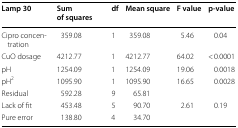
<table><thead><tr><td><b>Lamp 30</b></td><td><b>Sum of squares</b></td><td><b>df</b></td><td><b>Mean square</b></td><td><b>F value</b></td><td><b>p-value</b></td></tr></thead><tbody><tr><td>Cipro concentration</td><td>359.08</td><td>1</td><td>359.08</td><td>5.46</td><td>0.04</td></tr><tr><td>CuO dosage</td><td>4212.77</td><td>1</td><td>4212.77</td><td>64.02</td><td>&lt; 0.0001</td></tr><tr><td>pH</td><td>1254.09</td><td>1</td><td>1254.09</td><td>19.06</td><td>0.0018</td></tr><tr><td>pH<sup>2</sup></td><td>1095.90</td><td>1</td><td>1095.90</td><td>16.65</td><td>0.0028</td></tr><tr><td>Residual</td><td>592.28</td><td>9</td><td>65.81</td><td></td><td></td></tr><tr><td>Lack of fit</td><td>453.48</td><td>5</td><td>90.70</td><td>2.61</td><td>0.19</td></tr><tr><td>Pure error</td><td>138.80</td><td>4</td><td>34.70</td><td></td><td></td></tr></tbody></table>